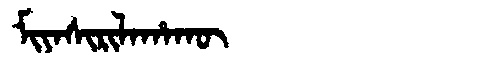
Manchu: ᠮᡳᠶᠠᠰᡳᡵᡳᠯᠠᡥᠠᡴᡡ
Romanization: MIYASIRILAHAKŪ